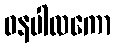
ဓနပါလကော